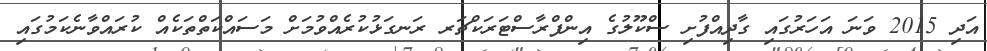
އަދި 2015 ވަނަ އަހަރުގައި ގާދިއްފުށި ސްކޫލުގެ އިންފްރާސްޓަރަކްޗަރ ރަނގަޅުކުރެއްވުމަށް މަސައްކަތްތަކެއް ކުރައްވާނެކަމުގައި